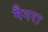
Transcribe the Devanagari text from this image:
मैगरा